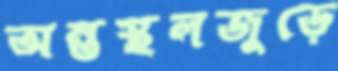
অন্তস্থলজুড়ে